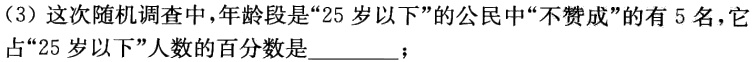
（3）这次随机调查中，年龄段是“25岁以下”的公民中“不赞成”的有5名，它占“25岁以下”人数的百分数是________；